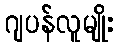
ဂျပန်လူမျိုး